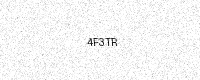
Text: 4F3TR